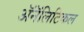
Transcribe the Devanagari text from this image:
ॲनॅलिटिकल